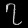
Digit: ၇